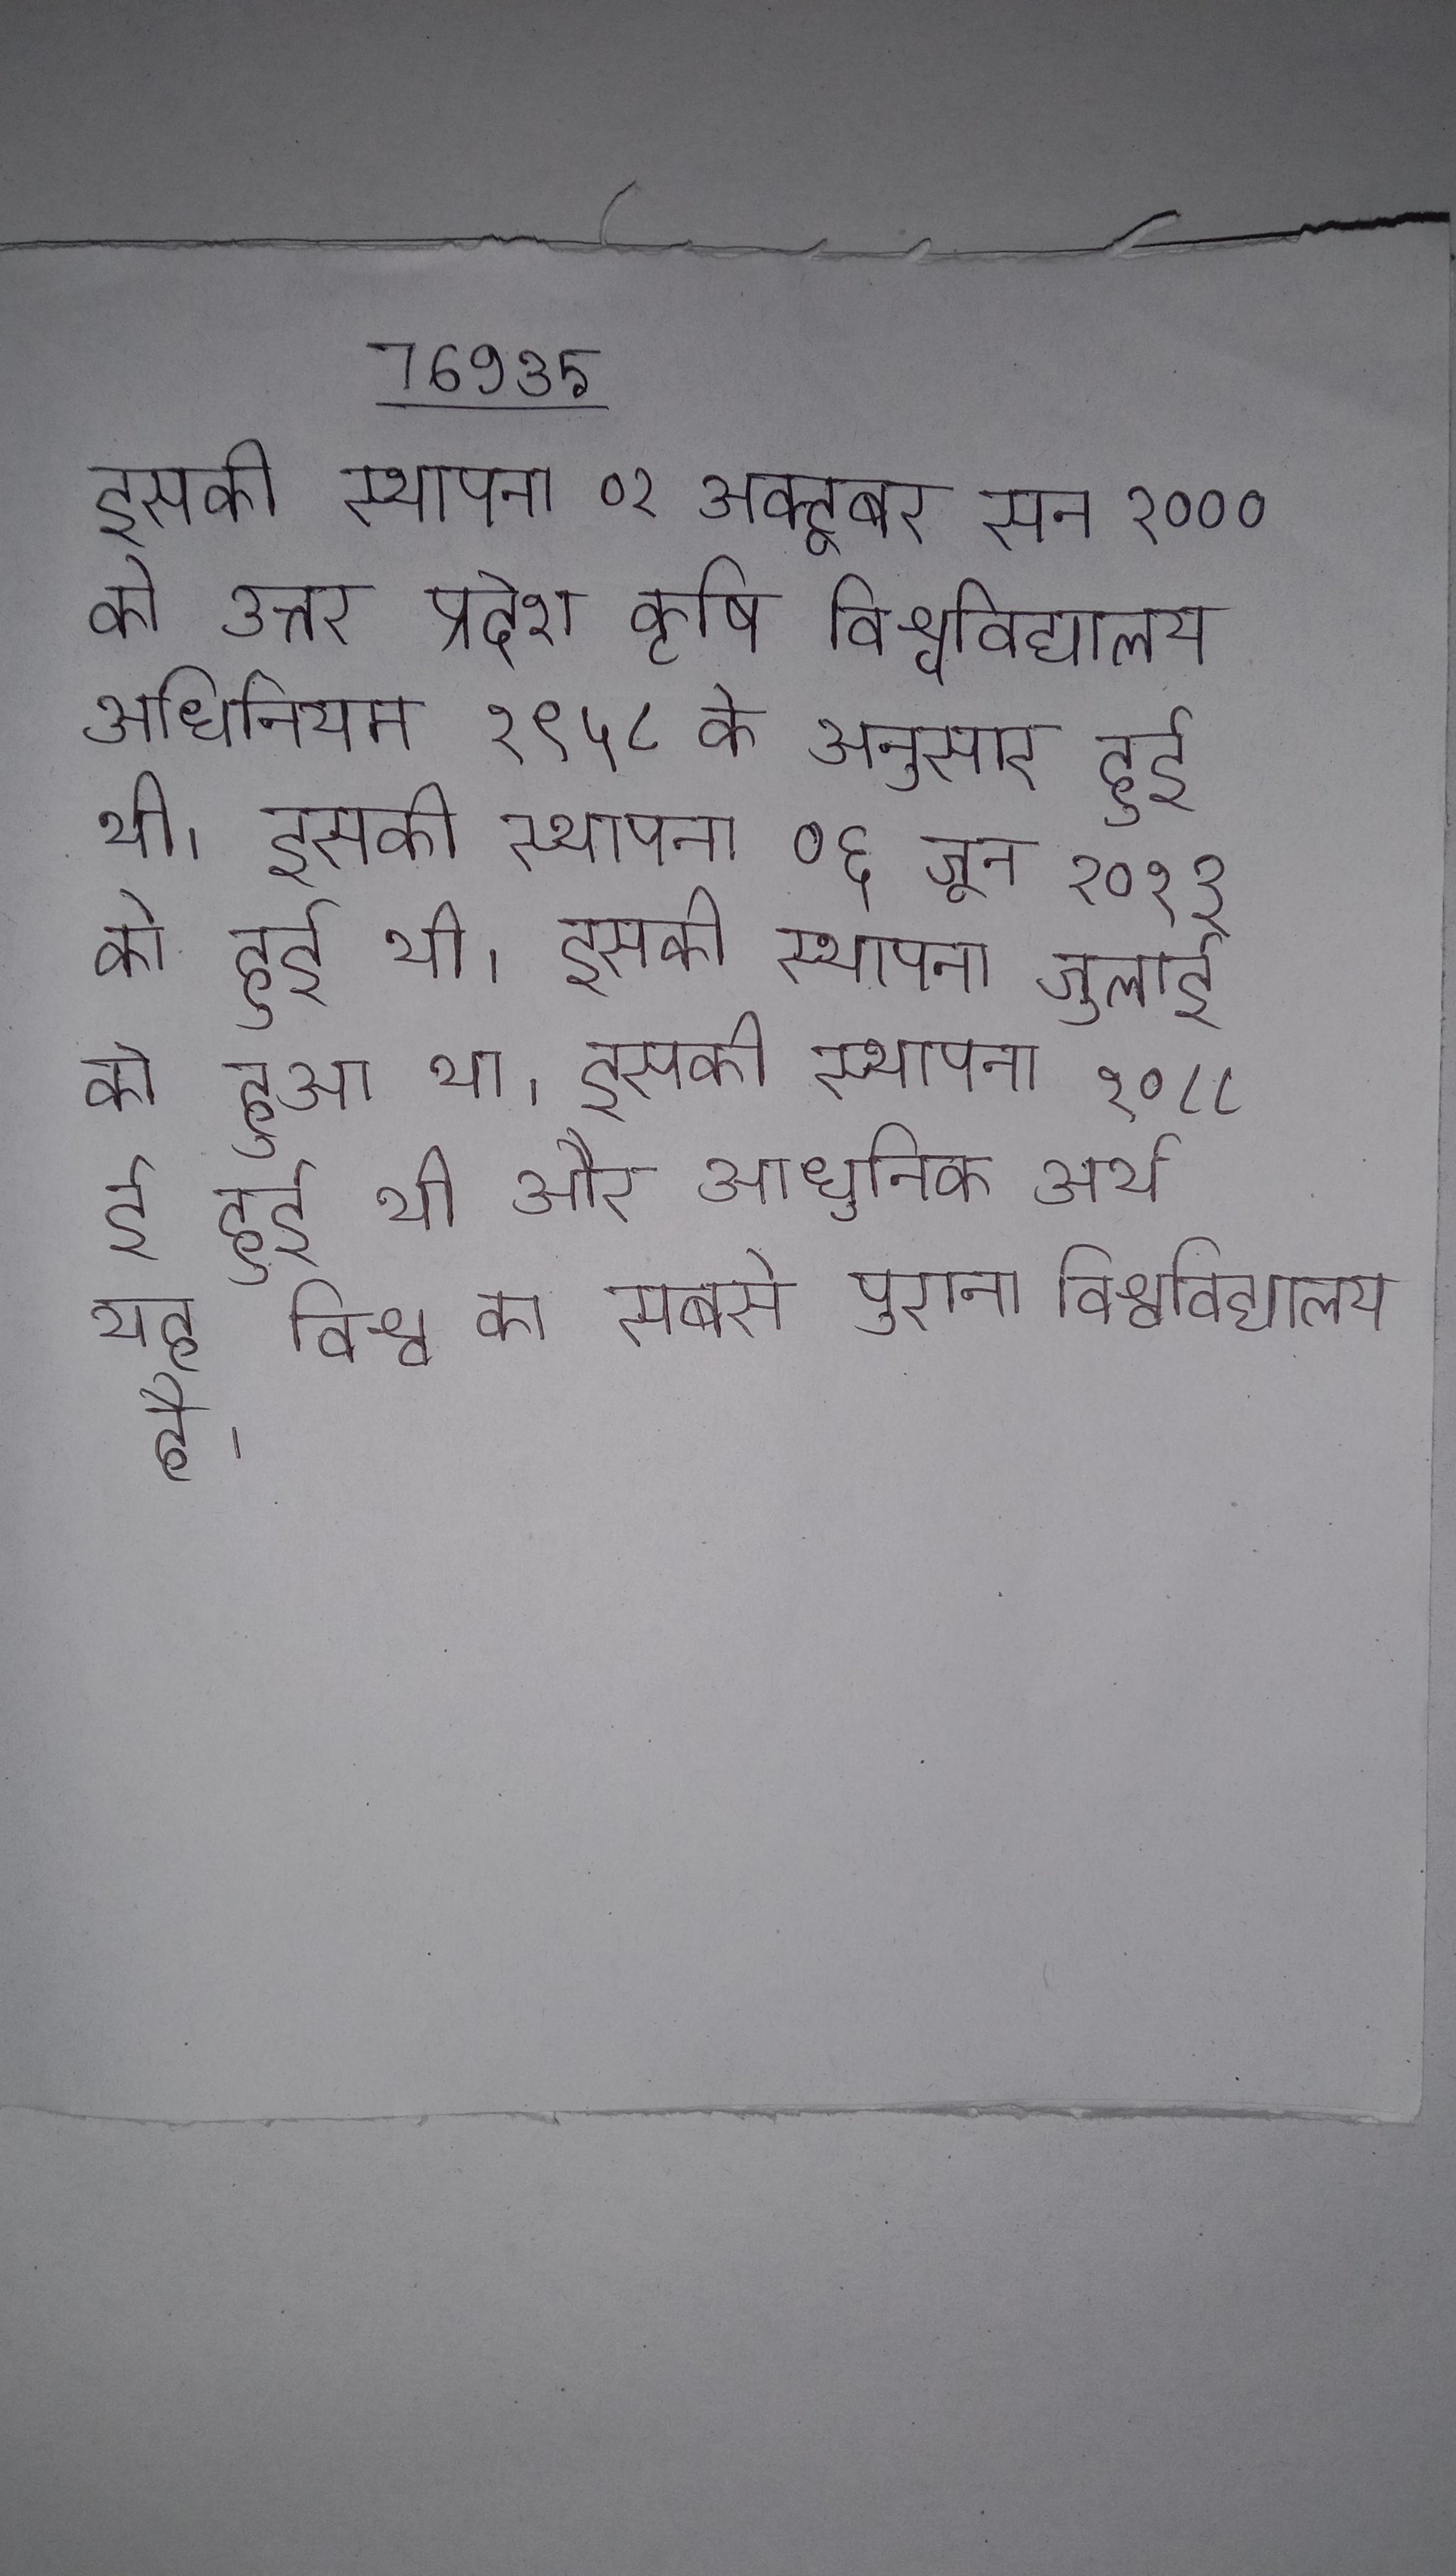
इसकी स्थापना ०२ अक्टूबर सन २००० को उत्तर प्रदेश कृषि विश्वविद्यालय अधिनियम १९५८ के अनुसार हुई थी । इसकी स्थापना ०६ जून २०१३ को हुई थी । इसकी स्थापना जुलाई को हुआ था । इसकी स्थापना १०८८ ई हुई थी और आधुनिक अर्थ यह विश्व का सबसे पुराना विश्वविद्यालय है ।